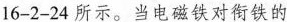
16-2-24所示。当电磁铁对衔铁的